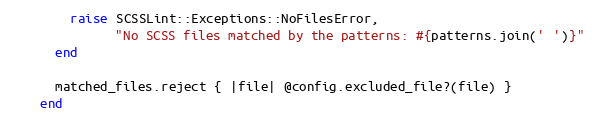
Language: Ruby
        raise SCSSLint::Exceptions::NoFilesError,
              "No SCSS files matched by the patterns: #{patterns.join(' ')}"
      end

      matched_files.reject { |file| @config.excluded_file?(file) }
    end